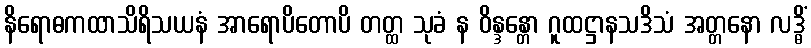
နိရောဓကထာသိရိသယနံ အာရောပိတောပိ တတ္ထ သုခံ န ဝိန္ဒန္တော ဂူထဋ္ဌာနသဒိသံ အတ္တနော လဒ္ဓိံ